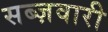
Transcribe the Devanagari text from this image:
सब्ज़वारी